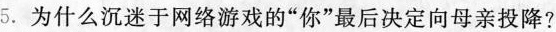
5. 为什么沉迷于网络游戏的“你”最后决定向母亲投降？